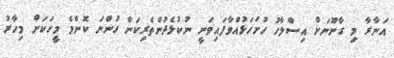
އަނާރާ މި ގާނޫނަށް އިސްލާހު ހުށަހަޅުއްވާފައިވަނީ ނުކުޅެދުންތެރިކަން ހުންނަ ކޮންމެ މީހަކަށް މިހާރު